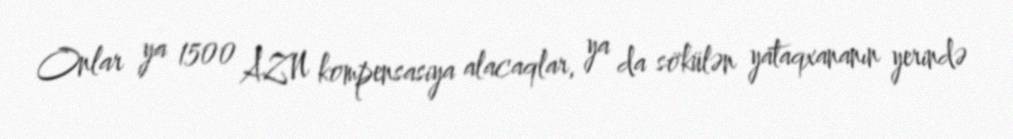
Onlar ya 1500 AZN kompensasiya alacaqlar, ya da sökülən yataqxananın yerində